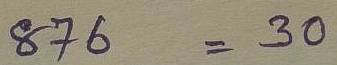
876 = 30